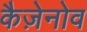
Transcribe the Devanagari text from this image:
कैज़ेनोव